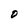
Character: O